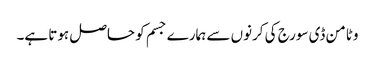
وٹامن ڈی سورج کی کرنوں سے ہمارے جسم کو حاصل ہوتا ہے۔